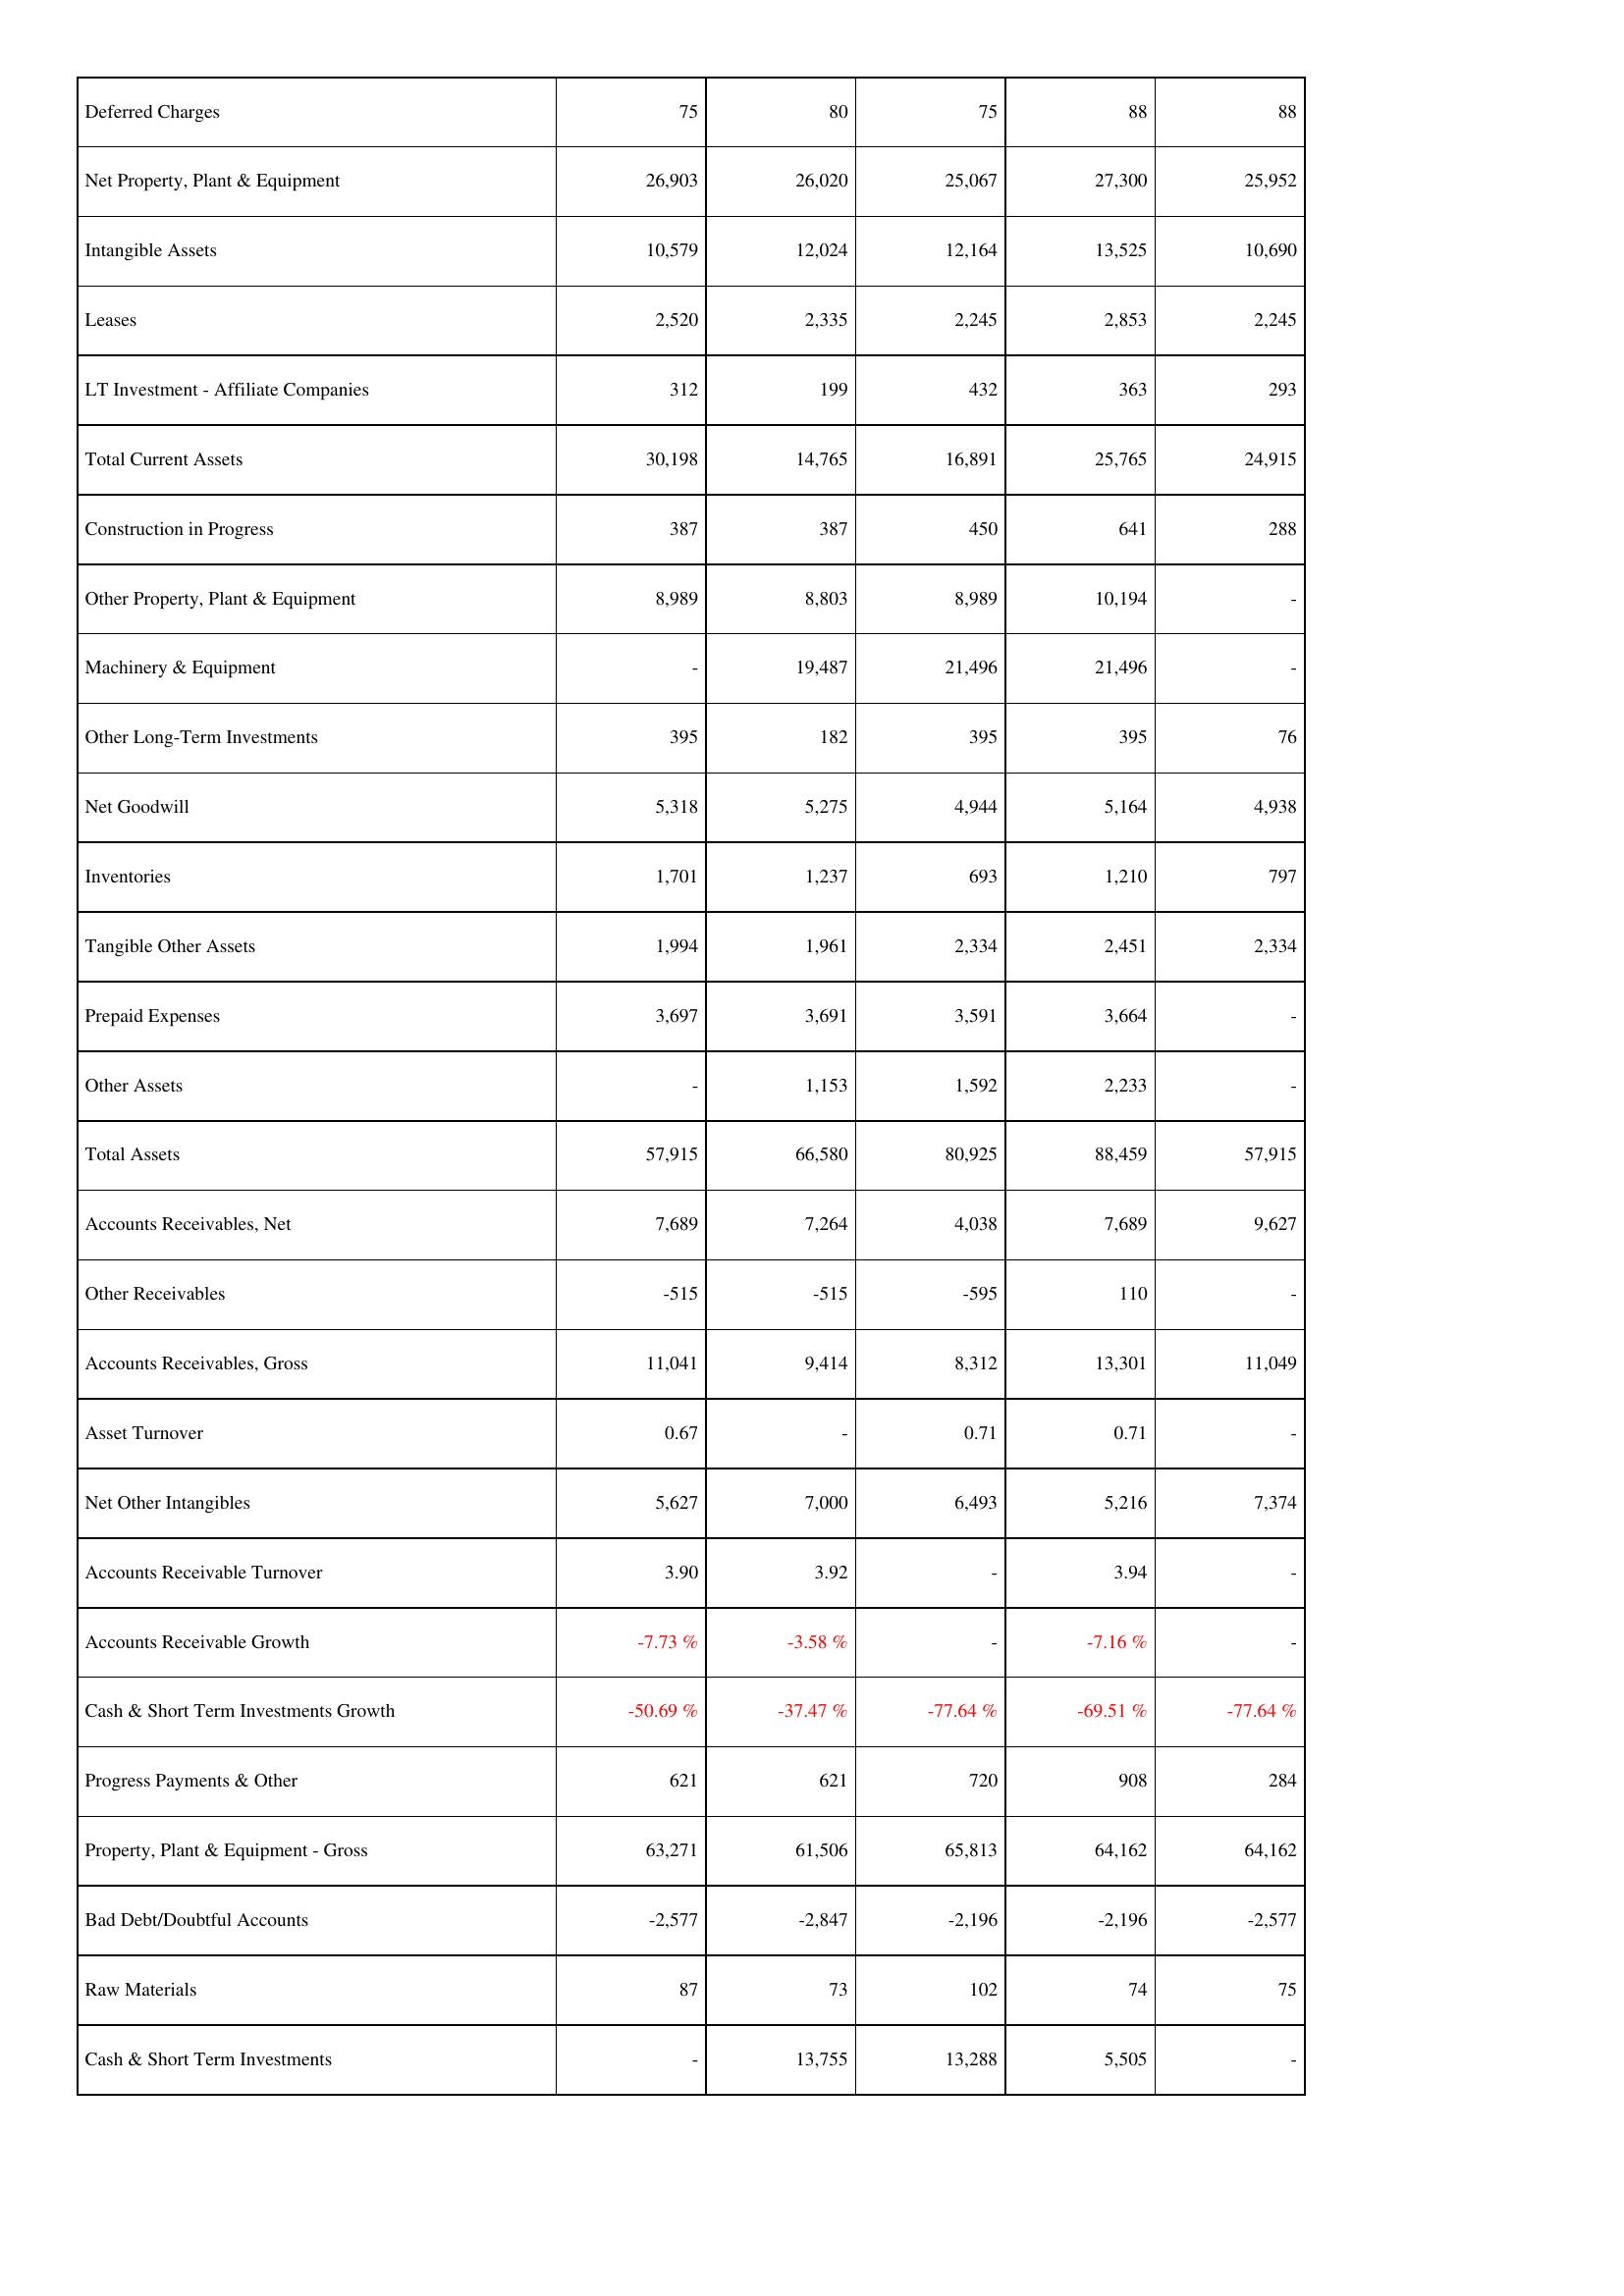
2008: Assets: Deferred Charges: 75
Net Property, Plant & Equipment: 26,903
Intangible Assets: 10,579
Leases: 2,520
LT Investment - Affiliate Companies: 312
Total Current Assets: 30,198
Construction in Progress: 387
Other Property, Plant & Equipment: 8,989
Machinery & Equipment: -
Other Long-Term Investments: 395
Net Goodwill: 5,318
Inventories: 1,701
Tangible Other Assets: 1,994
Prepaid Expenses: 3,697
Other Assets: -
Total Assets: 57,915
Accounts Receivables, Net: 7,689
Other Receivables: -515
Accounts Receivables, Gross: 11,041
Asset Turnover: 0.67
Net Other Intangibles: 5,627
Accounts Receivable Turnover: 3.90
Accounts Receivable Growth: -7.73 %
Cash & Short Term Investments Growth: -50.69 %
Progress Payments & Other: 621
Property, Plant & Equipment - Gross: 63,271
Bad Debt/Doubtful Accounts: -2,577
Raw Materials: 87
Cash & Short Term Investments: -
2009: Assets: Deferred Charges: 80
Net Property, Plant & Equipment: 26,020
Intangible Assets: 12,024
Leases: 2,335
LT Investment - Affiliate Companies: 199
Total Current Assets: 14,765
Construction in Progress: 387
Other Property, Plant & Equipment: 8,803
Machinery & Equipment: 19,487
Other Long-Term Investments: 182
Net Goodwill: 5,275
Inventories: 1,237
Tangible Other Assets: 1,961
Prepaid Expenses: 3,691
Other Assets: 1,153
Total Assets: 66,580
Accounts Receivables, Net: 7,264
Other Receivables: -515
Accounts Receivables, Gross: 9,414
Asset Turnover: -
Net Other Intangibles: 7,000
Accounts Receivable Turnover: 3.92
Accounts Receivable Growth: -3.58 %
Cash & Short Term Investments Growth: -37.47 %
Progress Payments & Other: 621
Property, Plant & Equipment - Gross: 61,506
Bad Debt/Doubtful Accounts: -2,847
Raw Materials: 73
Cash & Short Term Investments: 13,755
2010: Assets: Deferred Charges: 75
Net Property, Plant & Equipment: 25,067
Intangible Assets: 12,164
Leases: 2,245
LT Investment - Affiliate Companies: 432
Total Current Assets: 16,891
Construction in Progress: 450
Other Property, Plant & Equipment: 8,989
Machinery & Equipment: 21,496
Other Long-Term Investments: 395
Net Goodwill: 4,944
Inventories: 693
Tangible Other Assets: 2,334
Prepaid Expenses: 3,591
Other Assets: 1,592
Total Assets: 80,925
Accounts Receivables, Net: 4,038
Other Receivables: -595
Accounts Receivables, Gross: 8,312
Asset Turnover: 0.71
Net Other Intangibles: 6,493
Accounts Receivable Turnover: -
Accounts Receivable Growth: -
Cash & Short Term Investments Growth: -77.64 %
Progress Payments & Other: 720
Property, Plant & Equipment - Gross: 65,813
Bad Debt/Doubtful Accounts: -2,196
Raw Materials: 102
Cash & Short Term Investments: 13,288
2011: Assets: Deferred Charges: 88
Net Property, Plant & Equipment: 27,300
Intangible Assets: 13,525
Leases: 2,853
LT Investment - Affiliate Companies: 363
Total Current Assets: 25,765
Construction in Progress: 641
Other Property, Plant & Equipment: 10,194
Machinery & Equipment: 21,496
Other Long-Term Investments: 395
Net Goodwill: 5,164
Inventories: 1,210
Tangible Other Assets: 2,451
Prepaid Expenses: 3,664
Other Assets: 2,233
Total Assets: 88,459
Accounts Receivables, Net: 7,689
Other Receivables: 110
Accounts Receivables, Gross: 13,301
Asset Turnover: 0.71
Net Other Intangibles: 5,216
Accounts Receivable Turnover: 3.94
Accounts Receivable Growth: -7.16 %
Cash & Short Term Investments Growth: -69.51 %
Progress Payments & Other: 908
Property, Plant & Equipment - Gross: 64,162
Bad Debt/Doubtful Accounts: -2,196
Raw Materials: 74
Cash & Short Term Investments: 5,505
2012: Assets: Deferred Charges: 88
Net Property, Plant & Equipment: 25,952
Intangible Assets: 10,690
Leases: 2,245
LT Investment - Affiliate Companies: 293
Total Current Assets: 24,915
Construction in Progress: 288
Other Property, Plant & Equipment: -
Machinery & Equipment: -
Other Long-Term Investments: 76
Net Goodwill: 4,938
Inventories: 797
Tangible Other Assets: 2,334
Prepaid Expenses: -
Other Assets: -
Total Assets: 57,915
Accounts Receivables, Net: 9,627
Other Receivables: -
Accounts Receivables, Gross: 11,049
Asset Turnover: -
Net Other Intangibles: 7,374
Accounts Receivable Turnover: -
Accounts Receivable Growth: -
Cash & Short Term Investments Growth: -77.64 %
Progress Payments & Other: 284
Property, Plant & Equipment - Gross: 64,162
Bad Debt/Doubtful Accounts: -2,577
Raw Materials: 75
Cash & Short Term Investments: -